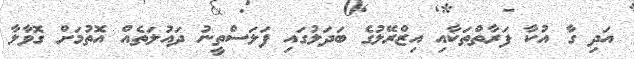
އަދި ގާ އުކާ ފަރާތްތަކާއި އިޒްރޭލުގެ ބަދަލުގައި ފަލަސްތީނު ދައުލަތެއް އޮތުމަށް ގޮވާލާ